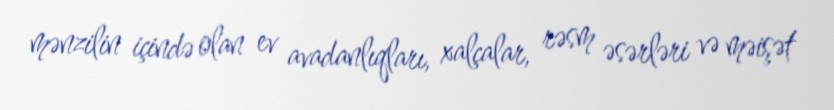
mənzilin içində olan ev avadanlıqları, xalçalar, rəsm əsərləri və məişət